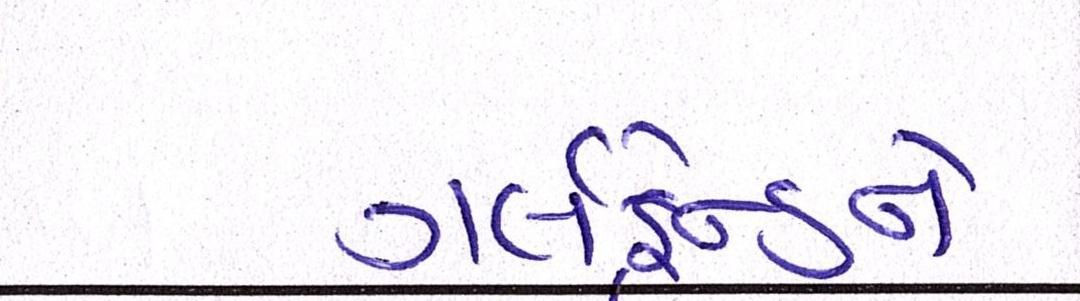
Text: ગર્લફ્રેન્ડને